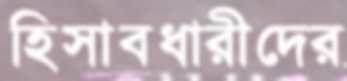
হিসাবধারীদের